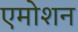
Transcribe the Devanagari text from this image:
एमोशन